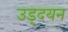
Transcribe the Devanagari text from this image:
उड्दयन